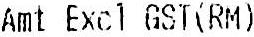
AMT EXCL GST (RM)